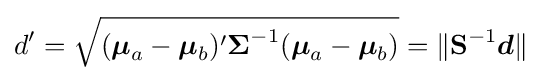
d'={\sqrt {({\boldsymbol {\mu }}_{a}-{\boldsymbol {\mu }}_{b})'{\boldsymbol {\Sigma }}^{-1}({\boldsymbol {\mu }}_{a}-{\boldsymbol {\mu }}_{b})}}=\lVert \mathbf {S} ^{-1}{\boldsymbol {d}}\rVert